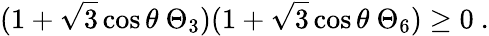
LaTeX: (1+\sqrt{3}\cos\theta\ \Theta_{3})(1+\sqrt{3}\cos\theta\ \Theta_{6})\geq 0\ .